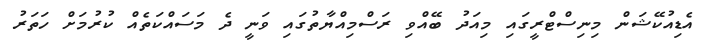
އެޑިއުކޭޝަން މިނިސްޓްރީގައި މިއަދު ބޭއްވި ރަސްމިއްޔާތުގައި ވަނީ ދެ މަސައްކަތެއް ކުރުމަށް ހަތަރު